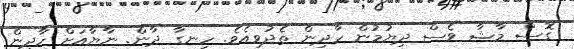
ގޮސް މާޝާ ވެސް ދިޔުމުން ހާދިން ތެދުވިއެވެ. ހިނގާ ދާން. ނާޔާއަށް ހާދިން